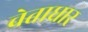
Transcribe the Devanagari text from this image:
चेताधार